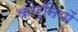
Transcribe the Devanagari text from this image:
कोर्नियों